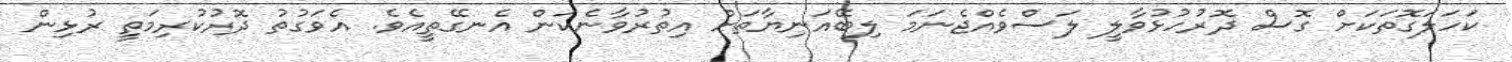
ކަހަލަގޮތަކަށް ގޮސް ދޮރުހުޅުވާލީ ލަސްވެއްޖެނަމަ ލިބޭއަނިޔާތަށް އިތުރުވާނެކަން އެނގޭތީއެވެ. އެވަގުތު ދޮރުކުރިމަތީ ރުޅިން